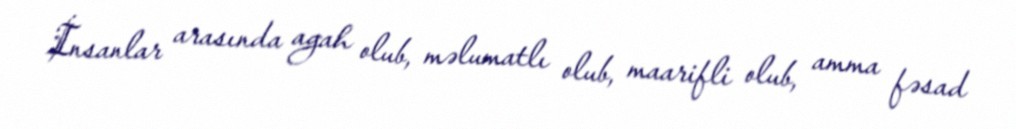
İnsanlar arasında agah olub, məlumatlı olub, maarifli olub, amma fəsad